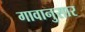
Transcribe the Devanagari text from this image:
गावानुसार